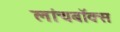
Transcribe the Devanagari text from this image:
लांचबॉक्स